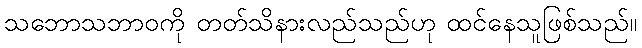
သဘောသဘာဝကို တတ်သိနားလည်သည်ဟု ထင်နေသူဖြစ်သည်။